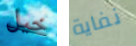
خيل نفاية